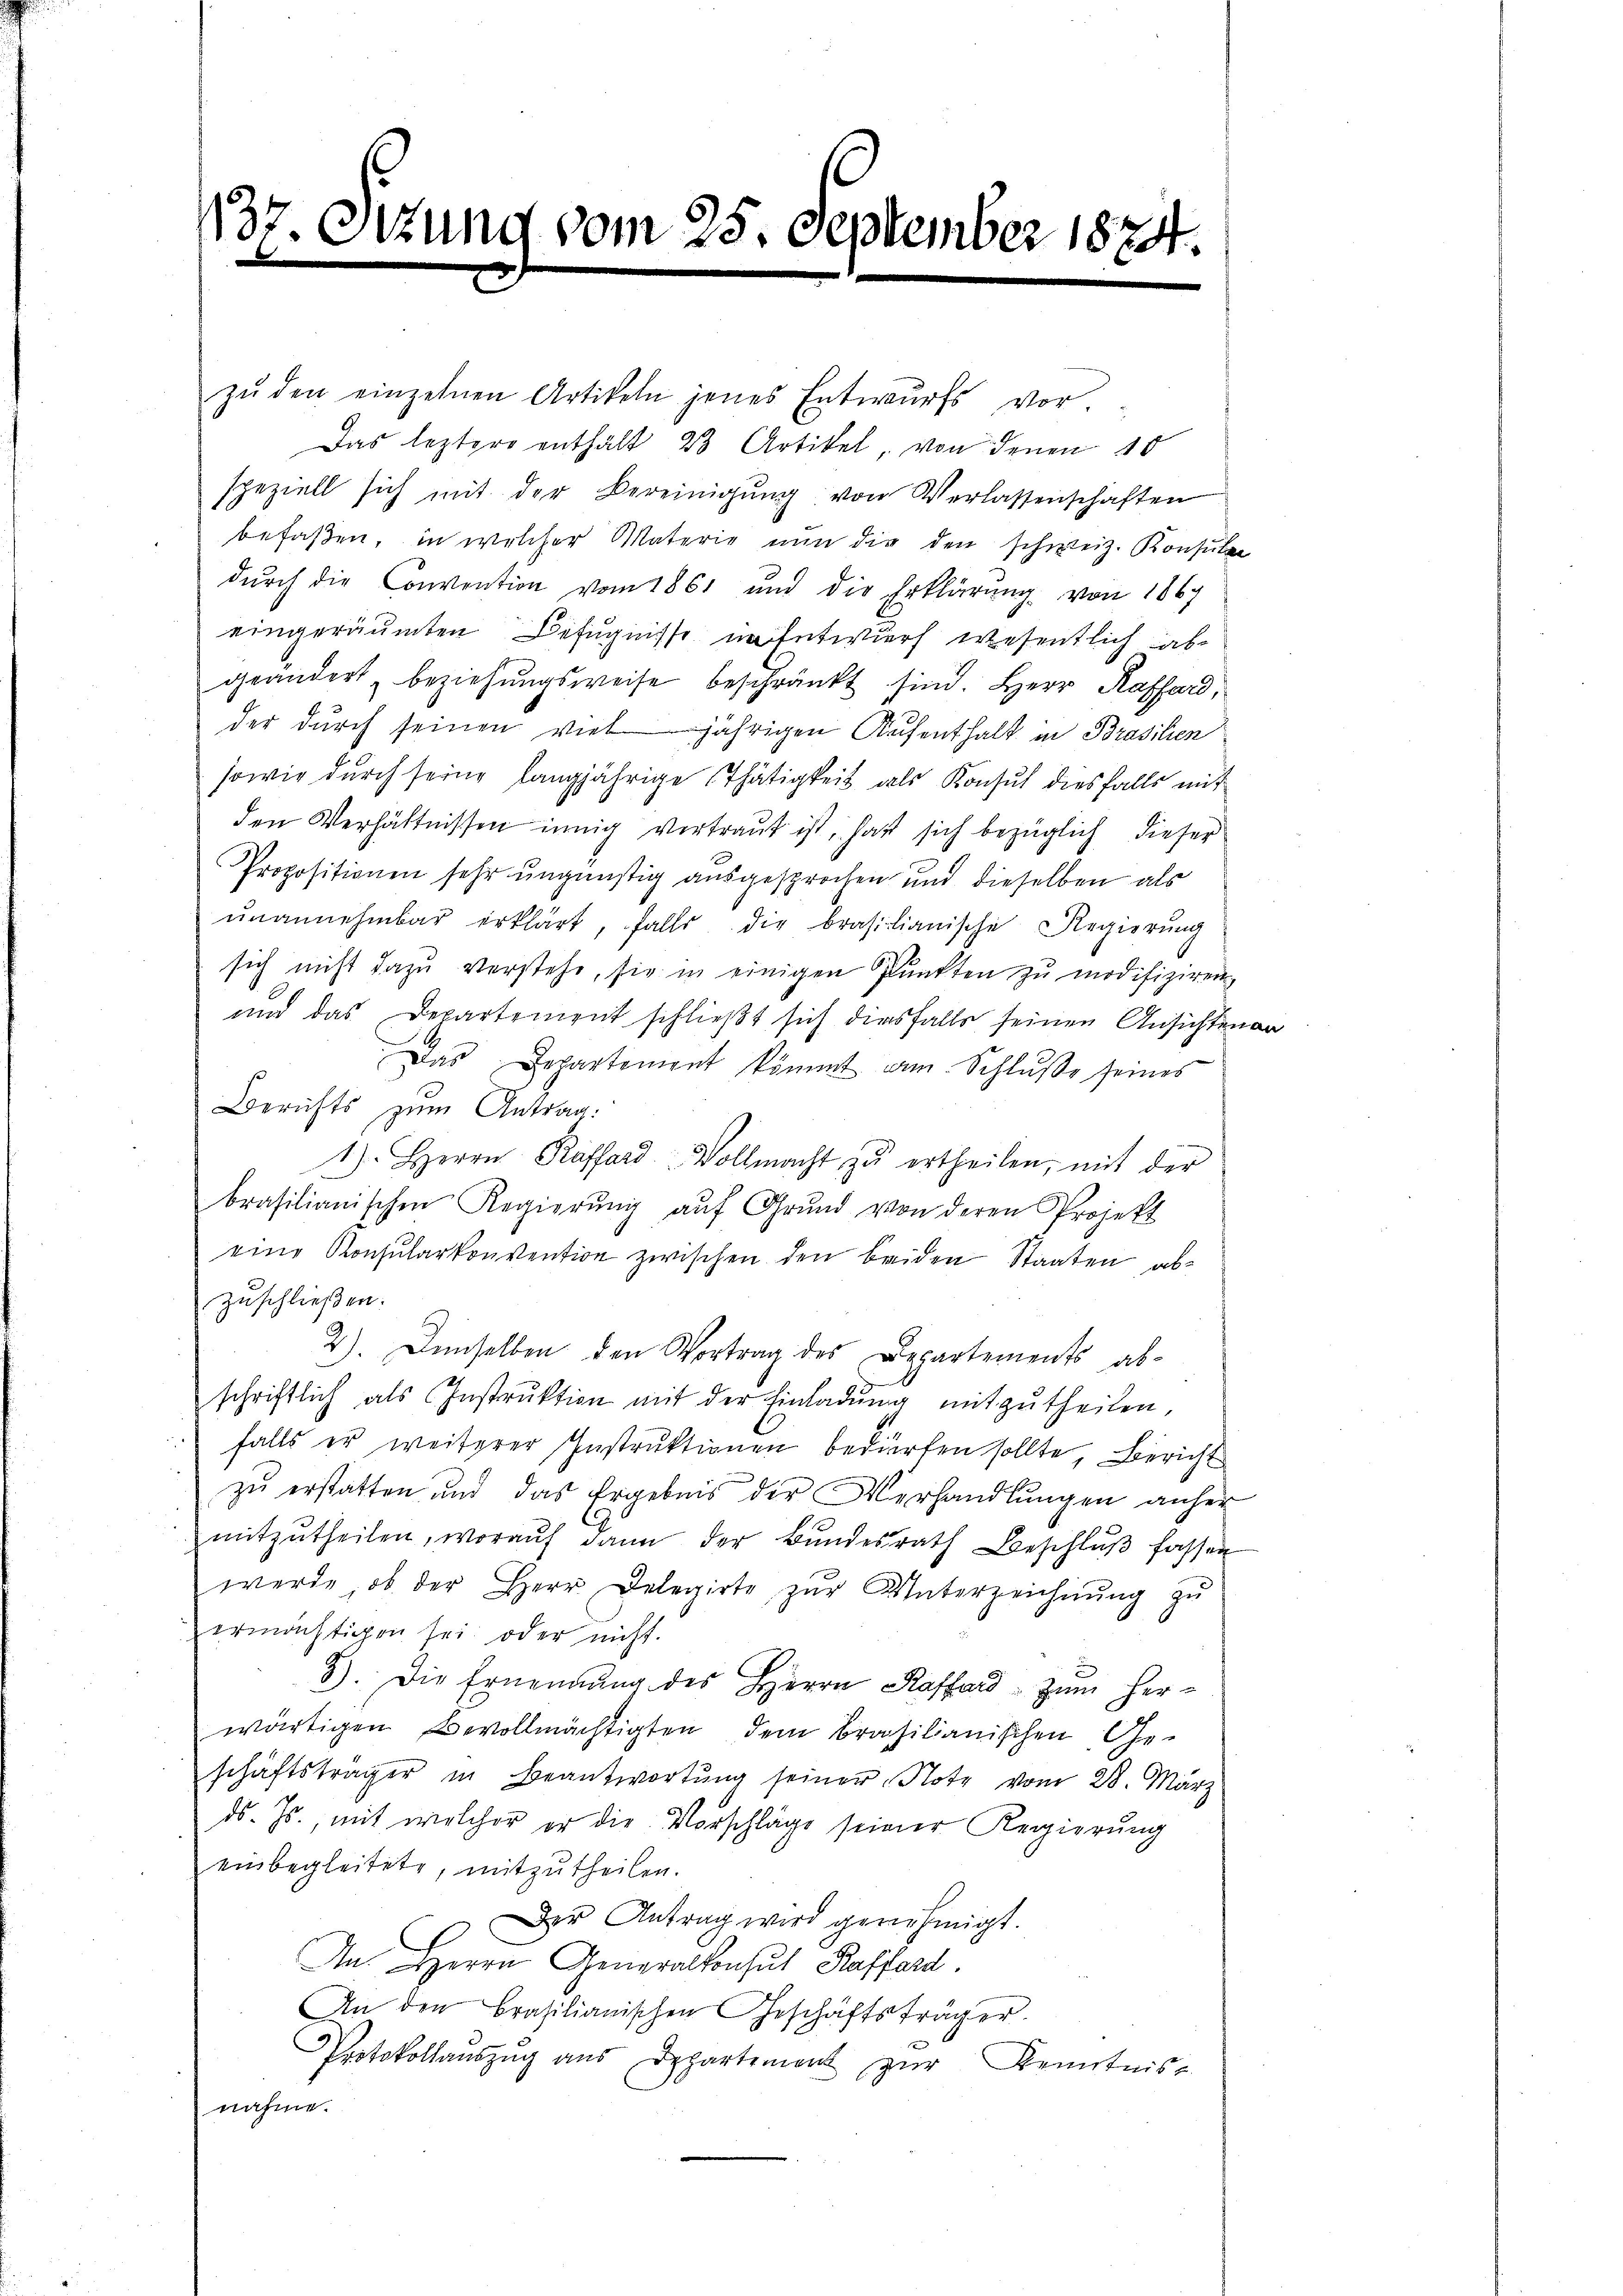
137. Ottung vom 25. September 1874.

zŭ den einzelnen Artikeln jenes Entwurfs vor.
Das leztere enthält 23 Artikel, von denen 10
speziell sich mit der Bereinigŭng von Verlassenschaften
befaßen, in welcher Materie nun die den schweiz. Konsulen
dŭrch die Convention vom 1861 und die Erklärŭng von 1867
eingeräumten Befugnisse um Entwurf wesentlich habe
geändert, beziehungsweise beschränkt sind. Herr Raffard,
der durch seinen vieljährigen Aufenthalt in Brasilien
sowie durch seine langjährige Thätigkeit als Konsul diesfalls mit
den Verhältnissen innig vertraut ist, hat sich bezüglich dieser
Propositionen sehr ungünstig ausgesprochen und dieselben als
ŭnannehmbar erklärt, falls die brasilianische Regierung
sich nicht dazu verstehe, sie in einigen Punkten zu modifiziren
und das Departement schließt sich diesfalls seinen Ansichtenan
Das Departement kömmt am Schlŭβe seines
Berichts zum Antrag:
1) Herrn Kassard Vollmacht zŭ ertheilen, mit der
brasilianischen Regierŭng aŭf Grŭnd von deren Projekt
eine Konsŭlarkonvention zwischen den beiden Staaten, ab-
zuschließen.
2). Demselben den Vortrag des Departements abschriftlich als Instrŭktion mit der Einladŭng mitzŭtheilen.
falls er weiterer Instruktionen bedürfen sollte, Bericht
zu erstatten und das Ergebnis der Verhandlungen anher
mitzŭtheilen, woraŭf dann der Bŭndesrath Beschlŭβ fassen
werde, ob der Herr Delegirte zŭr Unterzeichnŭng zŭ
ermächtigen sei oder nicht.
3). Die Ernennung des Herrn Kaffend zum Herwärtigen Bevollmächtigten dem Brasilianischen Geschäftsträger in Beantwortŭng seiner Note vom 28. März
ds. Js., mit welcher er die Vorschläge seiner Regierung
einbegleitete, mitzutheilen.
Der Antrag wird genehmigt.
An Herrn Generalkonsul Kafferd.
An den Brasilianischen Geschäftsträger.
Protokollaŭszŭg ans Departement zŭr Kenntniss
nahme.